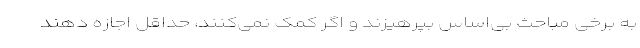
به برخی مباحث بی‌اساس بپرهیزند و اگر کمک نمی‌کنند، حداقل اجازه دهند